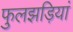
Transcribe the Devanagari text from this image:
फुलझड़ियां